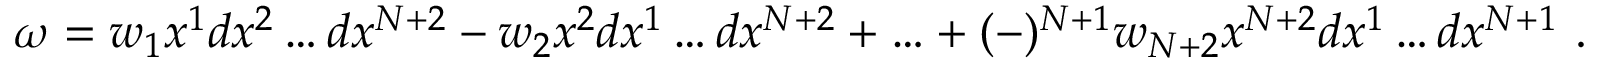
\omega = w _ { 1 } x ^ { 1 } d x ^ { 2 } \ldots d x ^ { N + 2 } - w _ { 2 } x ^ { 2 } d x ^ { 1 } \ldots d x ^ { N + 2 } + \ldots + ( - ) ^ { N + 1 } w _ { N + 2 } x ^ { N + 2 } d x ^ { 1 } \ldots d x ^ { N + 1 } ~ .